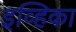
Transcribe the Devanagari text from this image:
इव्हिका